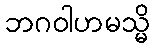
ဘဂဝါဟမသ္မိ